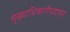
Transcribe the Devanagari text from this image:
मुख्याधिकारीपदावर